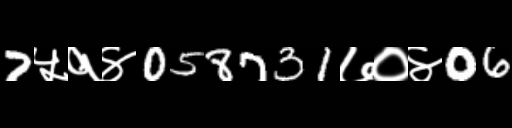
Text: 7५१४058731७०४06